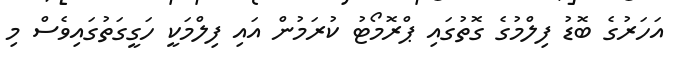
އަހަރުގެ ބޮޑު ފިލްމުގެ ގޮތުގައި ޕްރޮމޯޓު ކުރަމުން އައި ފިލްމަކީ ހަގީގަތުގައިވެސް މި